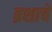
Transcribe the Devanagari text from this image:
ब्रशाचे